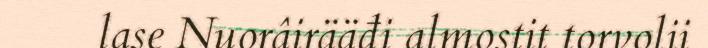
lase Nuorâirääđi almostit torvolii